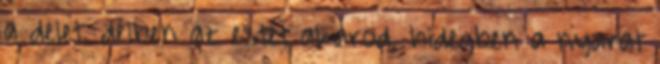
a delet, délben az estét akarod, hidegben a nyarat